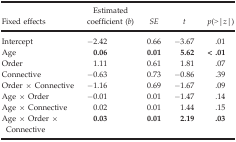
<table><thead><tr><td><b>Fixed effects</b></td><td><b>Estimated coefficient (<i>b</i>)</b></td><td><b><i>SE</i></b></td><td><b><i>t</i></b></td><td><b><i>p</i>(&gt;|<i>z</i>|)</b></td></tr></thead><tbody><tr><td>Intercept</td><td>−2.42</td><td>0.66</td><td>−3.67</td><td>.01</td></tr><tr><td>Age</td><td><b>0.06</b></td><td><b>0.01</b></td><td><b>5.62</b></td><td><b>&lt; .01</b></td></tr><tr><td>Order</td><td>1.11</td><td>0.61</td><td>1.81</td><td>.07</td></tr><tr><td>Connective</td><td>−0.63</td><td>0.73</td><td>−0.86</td><td>.39</td></tr><tr><td>Order × Connective</td><td>−1.16</td><td>0.69</td><td>−1.67</td><td>.09</td></tr><tr><td>Age × Order</td><td>−0.01</td><td>0.01</td><td>−1.47</td><td>.14</td></tr><tr><td>Age × Connective</td><td>0.02</td><td>0.01</td><td>1.44</td><td>.15</td></tr><tr><td>Age × Order × Connective</td><td><b>0.03</b></td><td><b>0.01</b></td><td><b>2.19</b></td><td><b>.03</b></td></tr></tbody></table>